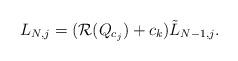
LaTeX: \begin{align*} L_{N,j}=(\mathcal R(Q_{c_j}) +c_k)\tilde L_{N-1,j}.\end{align*}